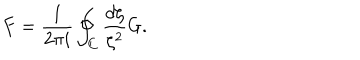
F = \frac { 1 } { 2 \pi i } \oint _ { C } \frac { d \zeta } { \zeta ^ { 2 } } G .